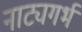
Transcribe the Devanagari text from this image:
नाट्यगर्भ